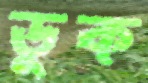
ডুক